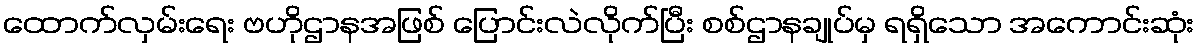
ထောက်လှမ်းရေး ဗဟိုဌာနအဖြစ် ပြောင်းလဲလိုက်ပြီး စစ်ဌာနချုပ်မှ ရရှိသော အကောင်းဆုံး